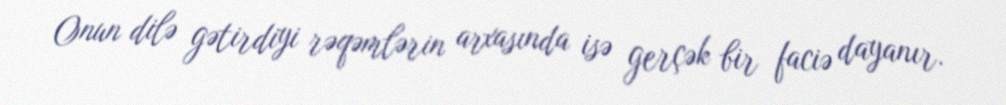
Onun dilə gətirdiyi rəqəmlərin arxasında isə gerçək bir faciə dayanır.